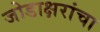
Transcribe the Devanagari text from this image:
जोडाक्षरांचा